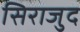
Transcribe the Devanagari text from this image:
सिराजुद